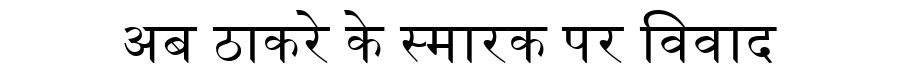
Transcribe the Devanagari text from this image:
अब ठाकरे के स्मारक पर विवाद